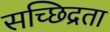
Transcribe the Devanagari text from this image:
सच्छिद्रता